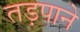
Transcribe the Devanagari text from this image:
तड़पाने